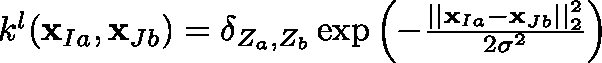
\begin{array} { r } { k ^ { l } ( \mathbf { x } _ { I a } , \mathbf { x } _ { J b } ) = \mathbf { \delta } _ { Z _ { a } , Z _ { b } } \exp { \left( - \frac { \vert \vert \mathbf { x } _ { I a } - \mathbf { x } _ { J b } \vert \vert _ { 2 } ^ { 2 } } { 2 \sigma ^ { 2 } } \right) } ~ } \end{array}